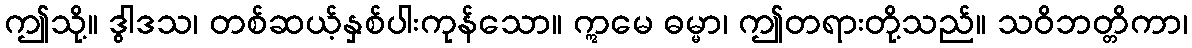
ဤသို့။ ဒွါဒသ၊ တစ်ဆယ့်နှစ်ပါးကုန်သော။ ဣမေ ဓမ္မာ၊ ဤတရားတို့သည်။ သဝိဘတ္တိကာ၊